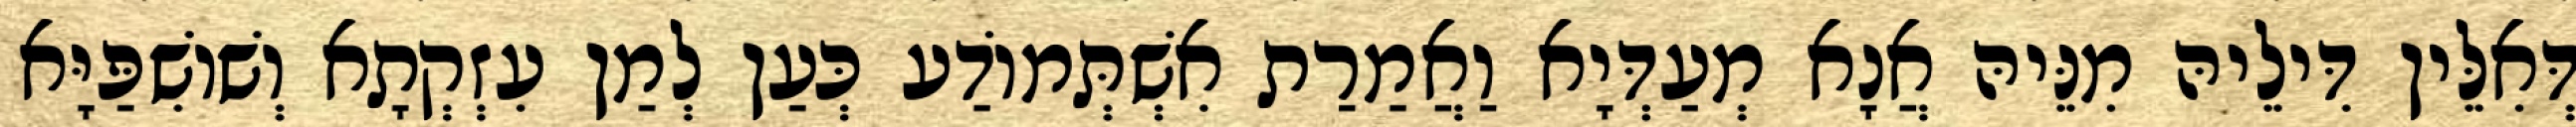
דְּאִלֵּין דִּילֵיהּ מִנֵּיהּ אֲנָא מְעַדְּיָא וַאֲמַרַת אִשְׁתְּמוֹדַע כְּעַן לְמַן עִזְקְתָא וְשׁוֹשִׁפַּיָּא